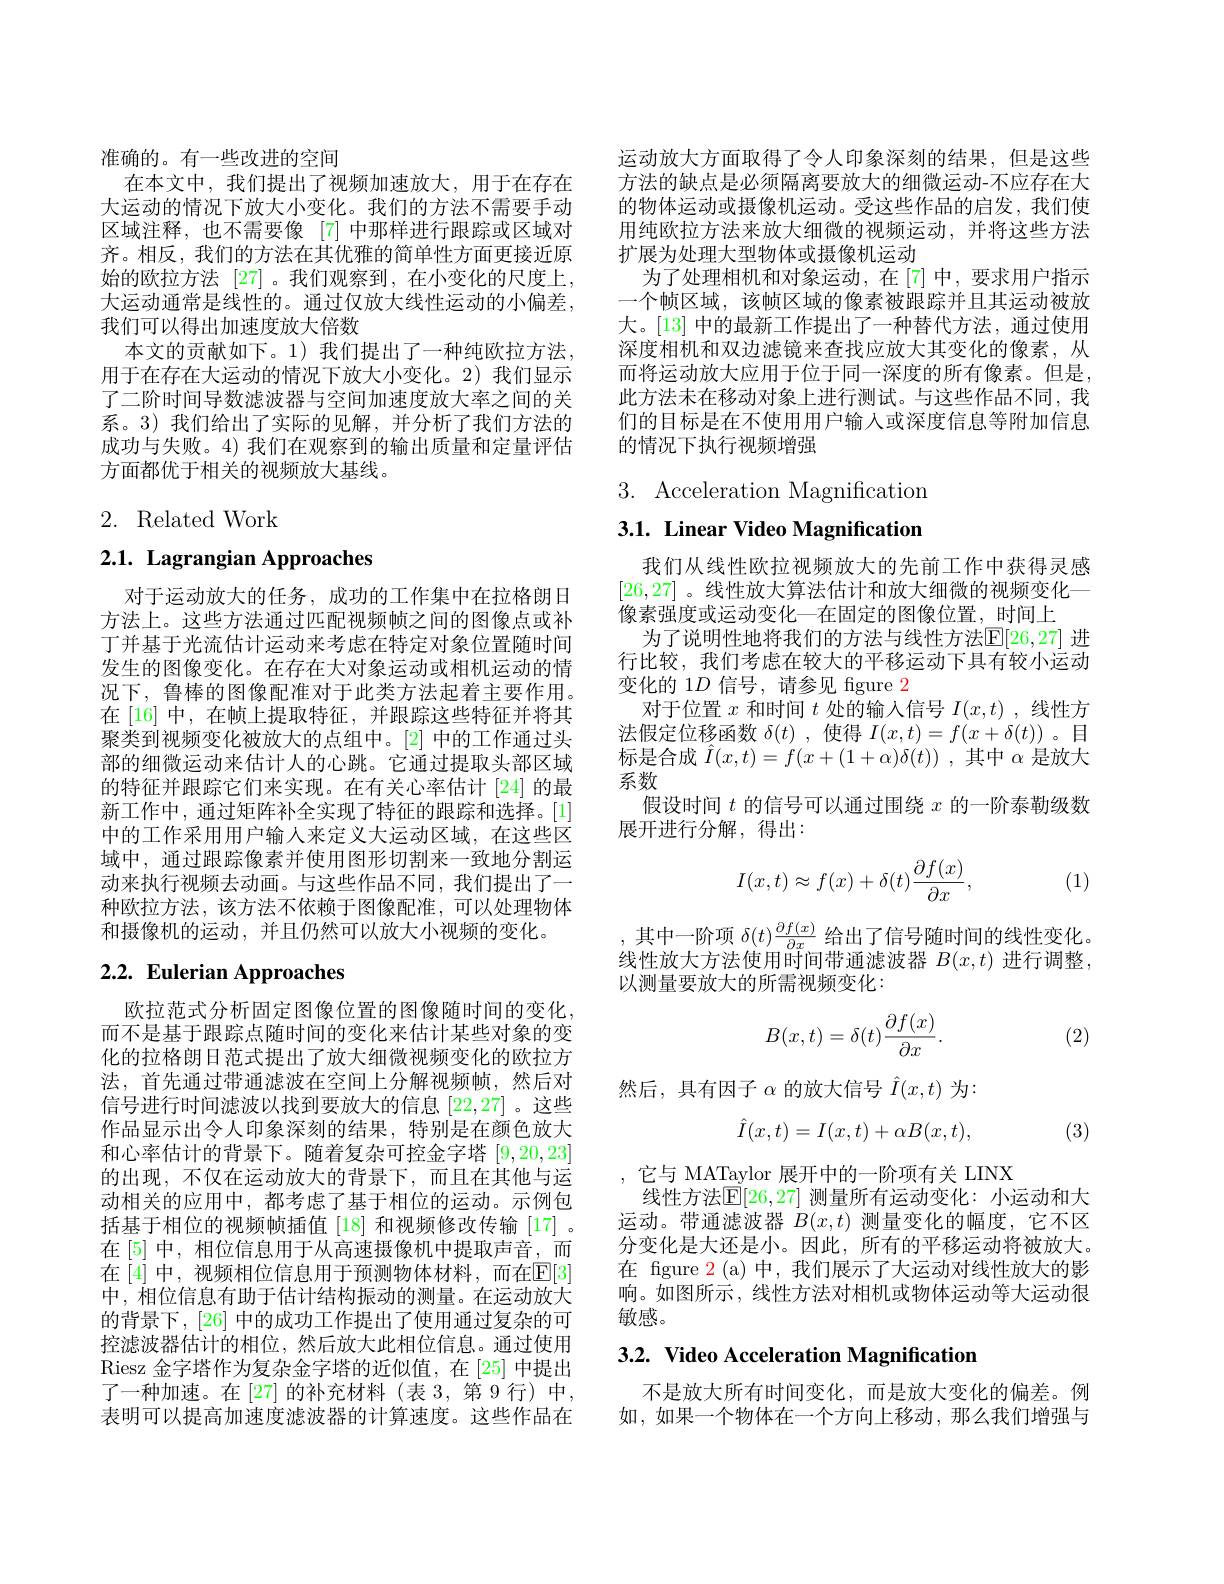
准确的。有一些改进的空间
在本文中，我们提出了视频加速放大，用于在存在大运动的情况下放大小变化。我们的方法不需要手动区域注释，也不需要像 [7] 中那样进行跟踪或区域对齐。相反，我们的方法在其优雅的简单性方面更接近原始的欧拉方法 [27]。我们观察到，在小变化的尺度上， 大运动通常是线性的。通过仅放大线性运动的小偏差， 我们可以得出加速度放大倍数
本文的贡献如下。1)我们提出了一种纯欧拉方法， 用于在存在大运动的情况下放大小变化。2) 我们显示了二阶时间导数滤波器与空间加速度放大率之间的关系。3)我们给出了实际的见解，并分析了我们方法的成功与失败。4) 我们在观察到的输出质量和定量评估方面都优于相关的视频放大基线。

## 2. Related Work

# 2.1. Lagrangian Approaches

对于运动放大的任务，成功的工作集中在拉格朗日方法上。这些方法通过匹配视频帧之间的图像点或补丁并基于光流估计运动来考虑在特定对象位置随时间发生的图像变化。在存在大对象运动或相机运动的情况下，鲁棒的图像配准对于此类方法起着主要作用。在[16] 中，在帧上提取特征，并跟踪这些特征并将其聚类到视频变化被放大的点组中。[2]中的工作通过头部的细微运动来估计人的心跳。它通过提取头部区域的特征并跟踪它们来实现。在有关心率估计 [24] 的最新工作中，通过矩阵补全实现了特征的跟踪和选择。[1] 中的工作采用用户输人来定义大运动区域，在这些区域中，通过跟踪像素并使用图形切割来一致地分割运动来执行视频去动画。与这些作品不同，我们提出了一种欧拉方法，该方法不依赖于图像配准，可以处理物体和摄像机的运动，并且仍然可以放大小视频的变化。

# $2. 2. \textbf{ Eulerian Approaches}$

欧拉范式分析固定图像位置的图像随时间的变化， 而不是基于跟踪点随时间的变化来估计某些对象的变化的拉格朗日范式提出了放大细微视频变化的欧拉方法，首先通过带通滤波在空间上分解视频帧，然后对信号进行时间滤波以找到要放大的信息 [22,27] 。这些作品显示出令人印象深刻的结果，特别是在颜色放大和心率估计的背景下。随着复杂可控金字塔[9,20,23] 的出现，不仅在运动放大的背景下，而且在其他与运动相关的应用中，都考虑了基于相位的运动。示例包括基于相位的视频帧插值[18]和视频修改传输[17]。在[5]中，相位信息用于从高速摄像机中提取声音，而在[4] 中，视频相位信息用于预测物体材料，而在$\mathbb{E}[3]$ 中，相位信息有助于估计结构振动的测量。在运动放大的背景下，[26] 中的成功工作提出了使用通过复杂的可控滤波器估计的相位，然后放大此相位信息。通过使用Riesz 金字塔作为复杂金字塔的近似值，在$\left[25\right]$中提出了一种加速。在[27]的补充材料(表 3,第 9 行)中， 表明可以提高加速度滤波器的计算速度。这些作品在

运动放大方面取得了令人印象深刻的结果，但是这些方法的缺点是必须隔离要放大的细微运动-不应存在大的物体运动或摄像机运动。受这些作品的启发，我们使用纯欧拉方法来放大细微的视频运动，并将这些方法扩展为处理大型物体或摄像机运动
为了处理相机和对象运动，在[7]中，要求用户指示一个帧区域，该帧区域的像素被跟踪并且其运动被放大。[13] 中的最新工作提出了一种替代方法，通过使用深度相机和双边滤镜来查找应放大其变化的像素，从而将运动放大应用于位于同一深度的所有像素。但是， 此方法未在移动对象上进行测试。与这些作品不同，我们的目标是在不使用用户输入或深度信息等附加信息的情况下执行视频增强

3. Acceleration Magnification

3.1. Linear Video Magnification

我们从线性欧拉视频放大的先前工作中获得灵感[26,27] 。线性放大算法估计和放大细微的视频变化— 像素强度或运动变化一在固定的图像位置，时间上
为了说明性地将我们的方法与线性方法$\mathbb{E}[26,27]$ 进行比较，我们考虑在较大的平移运动下具有较小运动变化的 1$D$信号，请参见 figure 2
对于位置$x$和时间$t$处的输入信号$I(x,t)$ ,线性方法假定位移函数$\delta(t)$ ,使得$I(x,t)=f(x+\delta(t))$ 。目标是合成$\hat{I}(x,t)=f(x+(1+\alpha)\delta(t))$ ,其中$\alpha$是放大系数
假设时间$t$的信号可以通过围绕$x$的一阶泰勒级数
展开进行分解，得出：
$$I(x,t)\approx f(x)+\delta(t)\frac{\partial f(x)}{\partial x},$$
(1)

,其中一阶项$\delta(t)\frac\partial f(x){\partial x}$给出了信号随时间的线性变化。维 州 站 十 七 法 估 田 叶 问 带 通 海 沌 器 $B( x, t)$进后调敕线性放大方法使用时间带通滤波器 $B(x,t)$ 进行调整， 以测量要放大的所需视频变化：
$$B(x,t)=\delta(t)\frac{\partial f(x)}{\partial x}.$$
(2)

然后，具有因子$\alpha$的放大信号$\hat{I}(x,t)$为：

(3)
$$\hat{I}(x,t)=I(x,t)+\alpha B(x,t),$$
,它与 MATaylor 展开中的一阶项有关 LINX
线性方法$\mathbb{E}[26,27]$ 测量所有运动变化：小运动和大运动。带通滤波器$B(x,t)$测量变化的幅度，它不区分变化是大还是小。因此，所有的平移运动将被放大。在 fgure 2 (a) 中，我们展示了大运动对线性放大的影响。如图所示，线性方法对相机或物体运动等大运动很敏感。

3.2. Video Acceleration Magnification

不是放大所有时间变化，而是放大变化的偏差。例如，如果一个物体在一个方向上移动，那么我们增强与